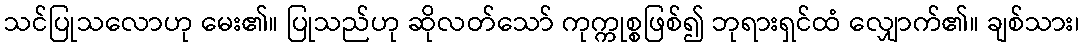
သင်ပြုသလောဟု မေး၏။ ပြုသည်ဟု ဆိုလတ်သော် ကုက္ကုစ္စဖြစ်၍ ဘုရားရှင်ထံ လျှောက်၏။ ချစ်သား၊